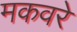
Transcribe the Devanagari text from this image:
मकवरे